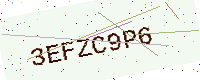
Text: 3EFZC9P6